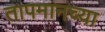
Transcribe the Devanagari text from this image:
तापमानच्या